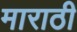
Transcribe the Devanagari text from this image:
माराठी